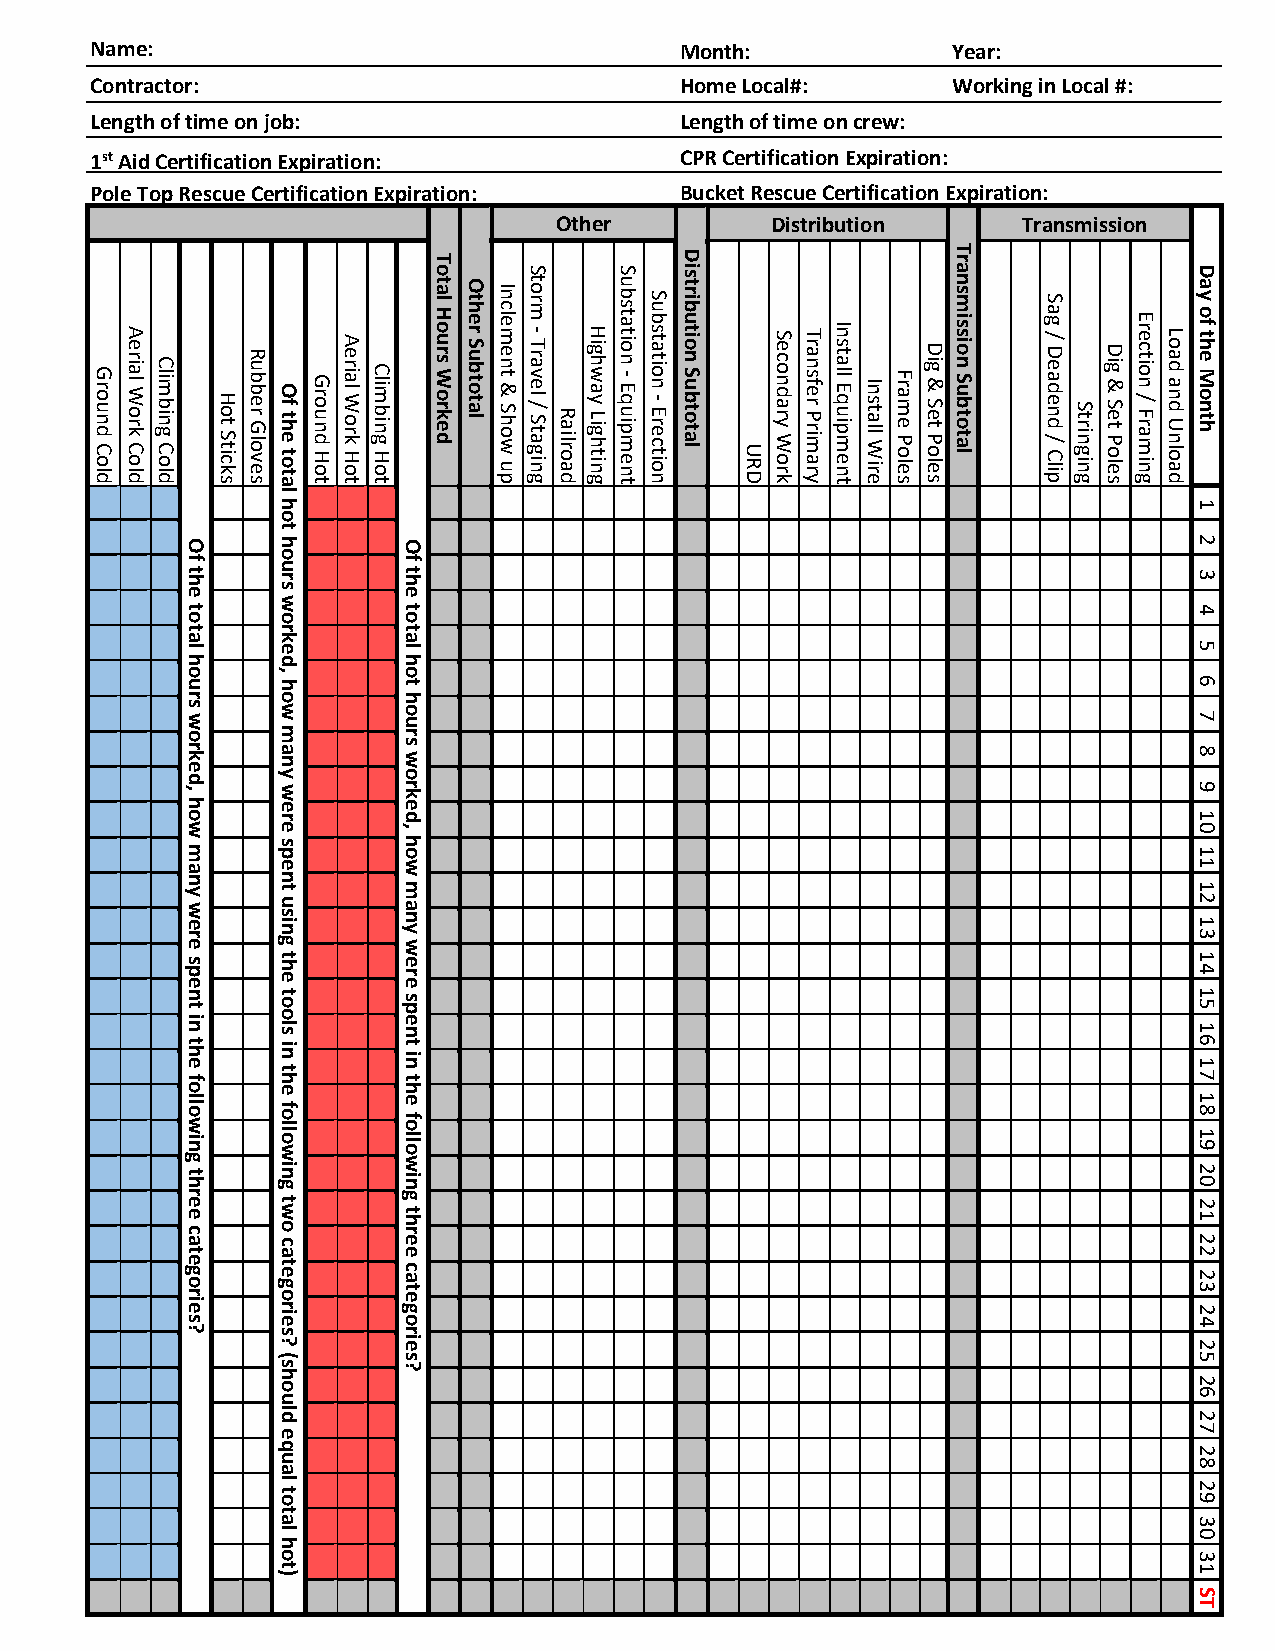
Name:                                  Month:            Year:
 Contractor:                            Home Local#:      Working in Local #:
 Length of time on job:                 Length of time on crew:
 1st Aid Certification Expiration:      CPR Certification Expiration:
 Pole Top Rescue Certification Expiration: Bucket Rescue Certification Expiration:
 Other         Distribution     Transmission
 Ground
 Cold
 Aerial
 Work
 Cold
 Climbing
 Cold
 Of
 the
 total
 hours
 worked,
 how
 many
 were
 spent
 in
 the
 following
 three
 categories?
 Hot
 Sticks
 Rubber
 Gloves Of the
 total
 hot
 hours
 worked,
 how
 many
 were
 spent
 using
 the
 tools
 in
 the
 following
 two
 categories?
 (should
 equal
 total
 hot)
 Ground
 Hot
 Aerial
 Work
 Hot
 Climbing
 Hot
 Of
 the
 total
 hot
 hours
 worked,
 how
 many
 were
 spent
 in
 the
 following
 three
 categories?
 Total
 Hours
 Worked
 Other
 Subtotal
 Inclement
 & Show
 up
 Storm
 ‐ Travel
 / Staging Railroad
 Highway
 Lighting
 Substation
 ‐ Equipment
 Substation
 ‐ Erection
 Distribution
 Subtotal
 URD
 Secondary
 Work
 Transfer
 Primary
 Install
 Equipment Install
 Wire
 Frame
 Poles
 Dig
 & Set
 Poles
 Transmission
 Subtotal
 Sag
 / Deadend
 / Clip
 Stringing
 Dig
 & Set
 Poles
 Erection
 / Framing
 Load
 and Unload
 Day
 of
 the
 Month
 1
 2
 3
 4
 5
 6
 7
 8
 9
 10
 11
 12
 13
 14
 15
 16
 17
 18
 19
 20
 21
 22
 23
 24
 25
 26
 27
 28
 29
 30
 31
 ST